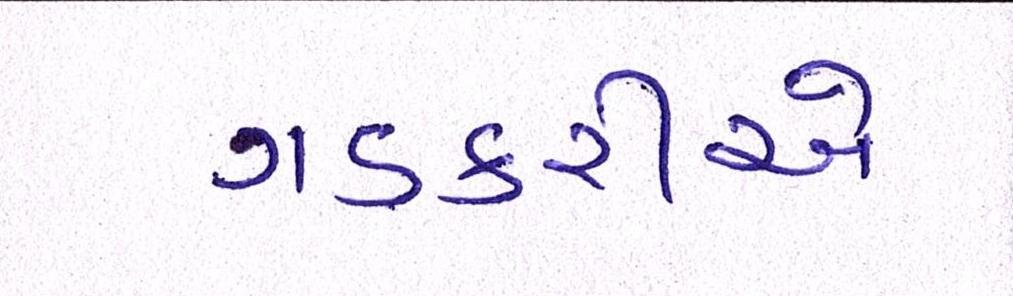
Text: ગડકરીએ